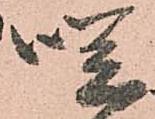
咲